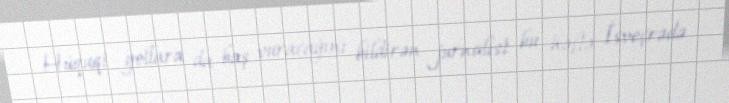
Hüquqi yollara da baş vuracağını bildirən jurnalist bu həftə İsveçrədə